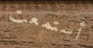
أستمعت